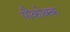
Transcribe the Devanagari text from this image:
पौकोक्क